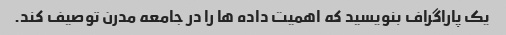
یک پاراگراف بنویسید که اهمیت داده ها را در جامعه مدرن توصیف کند.